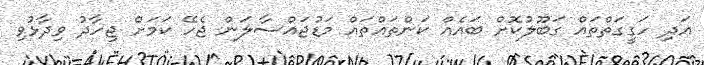
އަދި ހަގީގަތްތައް ގަބޫލުކޮށް ބައެއް ކަންތައްތައް މަޑުޖައްސާލަން ޖެހޭ ކަމަށް ޖިހާދު ވިދާޅުވި